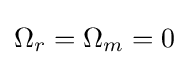
\Omega _{r}=\Omega _{m}=0